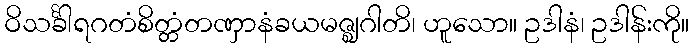
ဝိသင်္ခါရဂတံစိတ္တံတဏှာနံခယမဇ္ဈဂါတိ၊ ဟူသော။ ဥဒါနံ၊ ဥဒါန်းကို။